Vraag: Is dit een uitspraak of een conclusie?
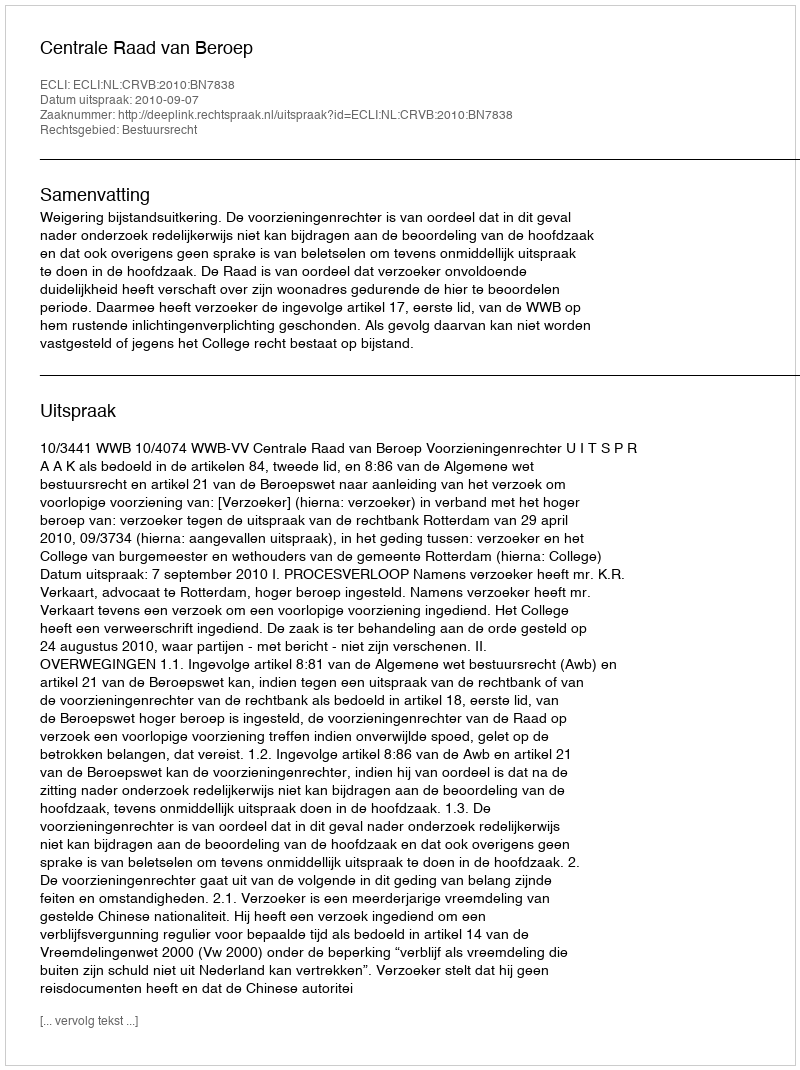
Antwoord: Uitspraak